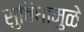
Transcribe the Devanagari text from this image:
सुविधामुळे